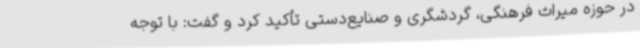
در حوزه میراث فرهنگی، گردشگری و صنایع‌دستی تأکید کرد و گفت: با توجه